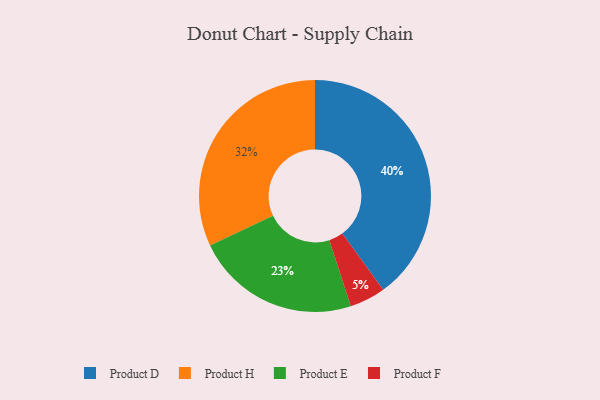
{"axis": {"x": "Category", "y": "Percentage"}, "legend": ["Product D", "Product E", "Product F", "Product H"], "data": [{"x": "Product H", "y": 32, "type": "Product H"}, {"x": "Product E", "y": 23, "type": "Product E"}, {"x": "Product F", "y": 5, "type": "Product F"}, {"x": "Product D", "y": 40, "type": "Product D"}]}